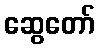
ဆွေတော်